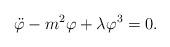
LaTeX: \begin{align*}\ddot\varphi - m^2\varphi +\lambda\varphi^3 = 0.\end{align*}